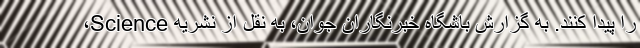
را پیدا کنند. به گزارش باشگاه خبرنگاران جوان، به نقل از نشریه Science،